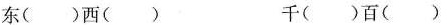
东（）西（） 千（）百（）